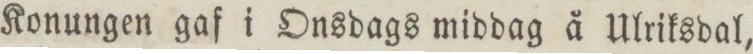
Konungen gaf i Onsdags middag å Ulriksdal,